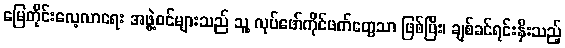
မြေတိုင်းလေ့လာရေး အဖွဲ့ဝင်များသည် သူ့ လုပ်ဖော်ကိုင်ဖက်တွေသာ ဖြစ်ပြီး၊ ချစ်ခင်ရင်းနှီးသည့်